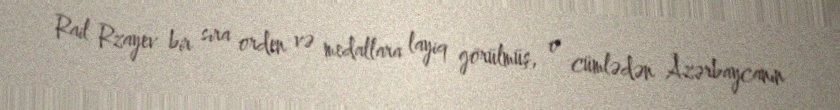
Rail Rzayev bir sıra orden və medallara layiq görülmüş, o cümlədən Azərbaycanın